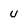
Character: U